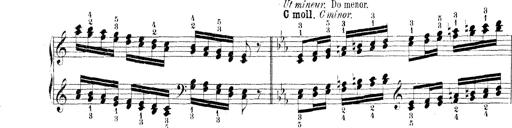
Title: Technische Studien
Composer: Franz Liszt